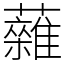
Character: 䕹